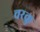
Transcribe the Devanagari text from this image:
चरकु